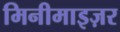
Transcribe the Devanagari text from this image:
मिनीमाइज़र